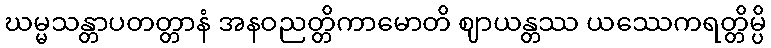
ဃမ္မသန္တာပတတ္တာနံ အနဝညတ္တိကာမောတိ ဈာယန္တဿ ယဿေကရတ္တိမ္ပိ